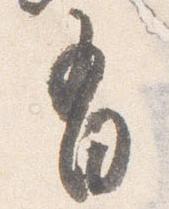
有